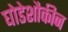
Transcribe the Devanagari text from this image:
घोडेशौकीन